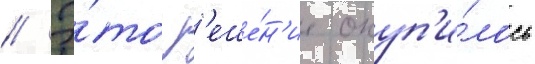
// Э́то р'еше́н'ие окуп'и́лось